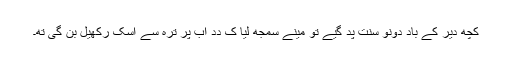
کُچھ دیر کے باد دونو سنت پد گیے تو مینے سمجھ لِیا کِ دِدِ اَب پُرِ ترہ سے اُسکِ رکھیل بن گیِ تھِ۔